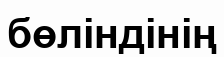
бөліндінің